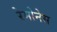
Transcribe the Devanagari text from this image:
रेमोनेस